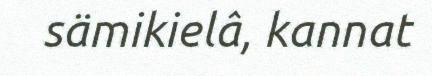
sämikielâ, kannat